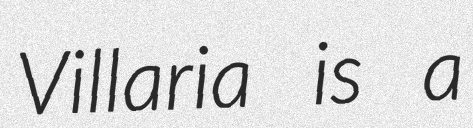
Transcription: Villaria is a